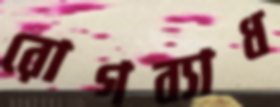
রোগব্যাধ